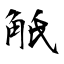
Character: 觗